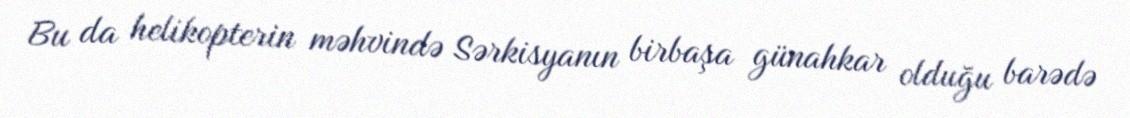
Bu da helikopterin məhvində Sərkisyanın birbaşa günahkar olduğu barədə